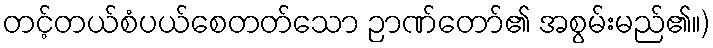
တင့်တယ်စံပယ်စေတတ်သော ဉာဏ်တော်၏ အစွမ်းမည်၏။)